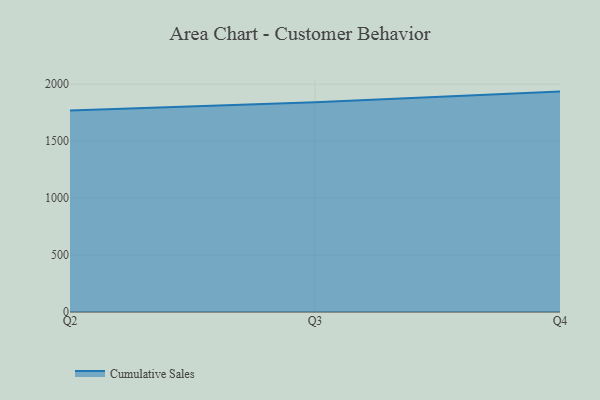
{"axis": {"x": "Quarter", "y": "Bounce Rate (%)"}, "legend": ["Cumulative Sales"], "data": [{"x": "Q2", "y": 1767.7, "type": "Cumulative Sales"}, {"x": "Q3", "y": 1841.3, "type": "Cumulative Sales"}, {"x": "Q4", "y": 1934.4, "type": "Cumulative Sales"}]}